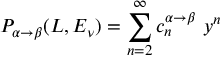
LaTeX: P _ { \alpha \to \beta } ( L , E _ { \nu } ) = \sum _ { n = 2 } ^ { \infty } c _ { n } ^ { \alpha \to \beta } ~ y ^ { n }